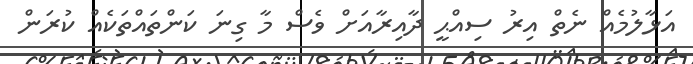
އަޅާލުމެއް ނެތް އިރު ސިއްޙީ ދާއިރާއަށް ވެސް މާ ގިނަ ކަންތައްތަކެއް ކުރަން